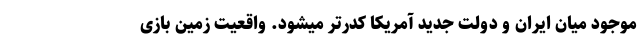
موجود میان ایران و دولت جدید آمریکا کدرتر میشود. واقعیت زمین بازی